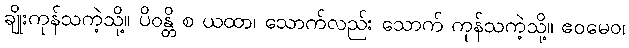
ချိုးကုန်သကဲ့သို့။ ပိဝန္တိ စ ယထာ၊ သောက်လည်း သောက် ကုန်သကဲ့သို့။ ဧဝမေဝ၊